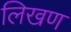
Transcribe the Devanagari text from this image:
लिखण